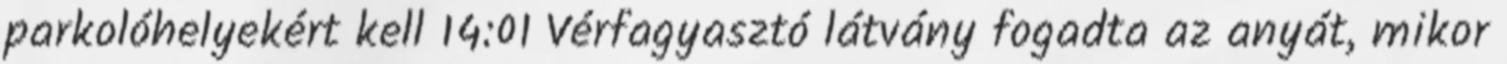
parkolóhelyekért kell 14:01 Vérfagyasztó látvány fogadta az anyát, mikor